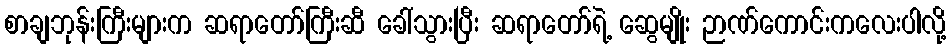
စာချဘုန်းကြီးများက ဆရာတော်ကြီးဆီ ခေါ်သွားပြီး ဆရာတော်ရဲ့ ဆွေမျိုး ဉာဏ်ကောင်းကလေးပါလို့